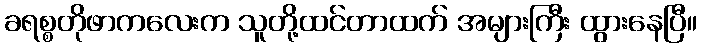
ခရစ္စတိုဖာကလေးက သူတို့ထင်တာထက် အများကြီး ထွားနေပြီ။